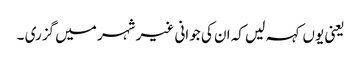
یعنی یوں کہہ لیں کہ ان کی جوانی غیر شہر میں گزری ۔